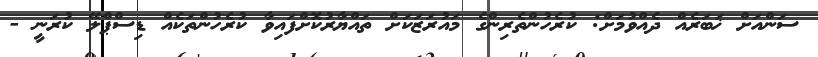
ސަންއަށް ޚަބަރެއް ދެއްވުމަށް: ކުރެހުންތެރިންގެ މައުރަޒަކަށް ތައްޔާރުކޮށްފައިވާ ކުރެހުންތަކެއް ޑިސްޕްލޭ ކުރަނީ -